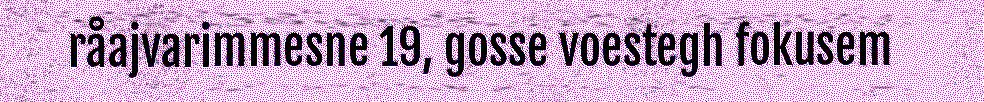
råajvarimmesne 19, gosse voestegh fokusem